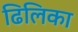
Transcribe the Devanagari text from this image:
ढिलिका